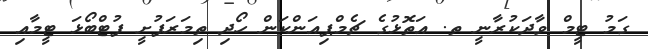
ގަމު ޓީމް ވާދަކުރާނީ ތ. އަތޮޅުގެ ޗެމްޕިއަންކަން ހޯދި ތިމަރަފުށީ ފުޓްބޯޅަ ޓީމާއި